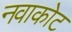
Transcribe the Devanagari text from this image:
नवाकोट